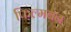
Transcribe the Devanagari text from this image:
फिल्मबन